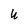
Character: U